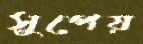
সুপেয়